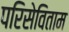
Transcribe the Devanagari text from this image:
परिसेविताम